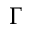
\Gamma